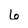
Character: 6